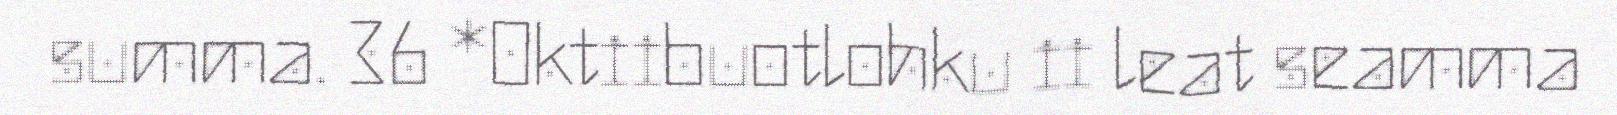
summa. 36 *Oktiibuotlohku ii leat seamma